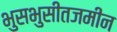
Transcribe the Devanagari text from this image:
भुसभुसीतजमीन